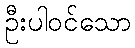
ဦးပါဝင်သော